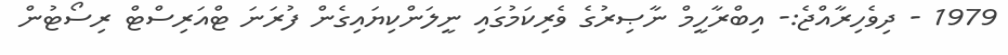
1979 - ދިވެހިރާއްޖެ:- އިބްރާހީމް ނާޞިރުގެ ވެރިކަމުގައި ނީލަންކިޔައިގެން ފުރަނަ ޓްއަރިސްޓް ރިސޯޓުން